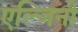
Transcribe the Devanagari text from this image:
एल्जिनी